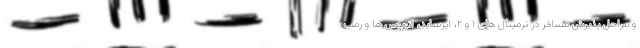
و مراحل پذیرش مسافر در ترمینال های ۱ و ۲، ایرساید، اتوبوس ها و رمپ